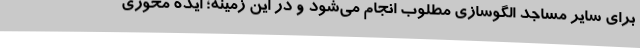
برای سایر مساجد الگوسازی مطلوب انجام می‌شود و در این زمینه؛ ایده محوری